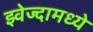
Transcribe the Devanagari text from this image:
झ्वेज्दामध्ये